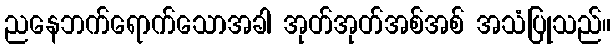
ညနေဘက်ရောက်သောအခါ အုတ်အုတ်အစ်အစ် အသံပြုသည်။